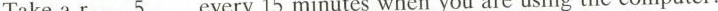
Take a r\underline{5}every \underline{15} minutes when you are using the computer.